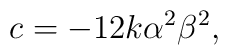
c={-12k\alpha^2 \beta^2},